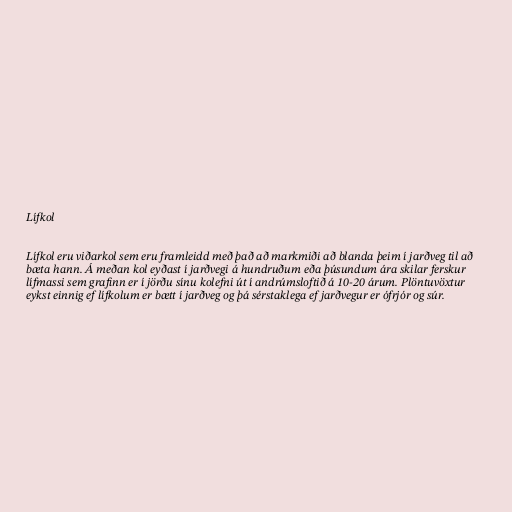
Lífkol

Lífkol eru viðarkol sem eru framleidd með það að markmiði að blanda þeim í jarðveg til að
bæta hann. Á meðan kol eyðast í jarðvegi á hundruðum eða þúsundum ára skilar ferskur
lífmassi sem grafinn er í jörðu sínu kolefni út í andrúmsloftið á 10-20 árum. Plöntuvöxtur
eykst einnig ef lífkolum er bætt í jarðveg og þá sérstaklega ef jarðvegur er ófrjór og súr.